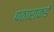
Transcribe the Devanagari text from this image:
पठाराकडे